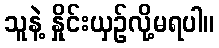
သူနဲ့ နှိုင်းယှဉ်လို့မရပါ။